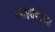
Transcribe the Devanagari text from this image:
स्पाइरोकीटस